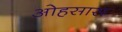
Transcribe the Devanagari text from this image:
ओहसास